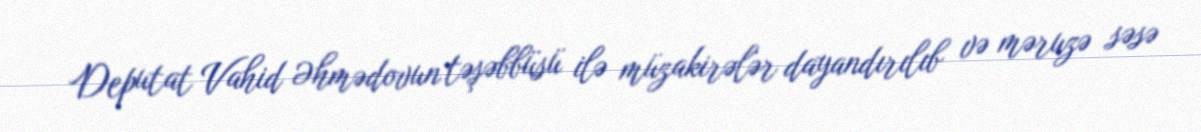
Deputat Vahid Əhmədovun təşəbbüsü ilə müzakirələr dayandırılıb və məruzə səsə